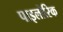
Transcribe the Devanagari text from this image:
पाइलोरिक